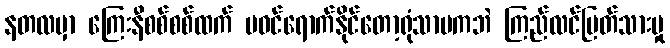
နတလမှာ ကြေးနီစစ်စစ်ထက် မဝင်ရောက်နိုင်တော့ရုံသာမကဘဲ ကြည်လင်ပြတ်သားမှု